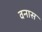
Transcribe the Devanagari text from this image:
वनास